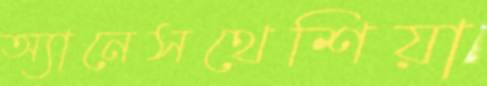
অ্যানেসথেশিয়া